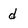
Character: d